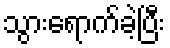
သွားရောက်ခဲ့ပြီး